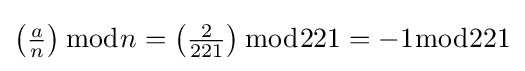
\left({\tfrac {a}{n}}\right){\bmod {n}}=\left({\tfrac {2}{221}}\right){\bmod {2}}21=-1{\bmod {2}}21